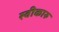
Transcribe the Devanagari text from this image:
स्वीकारु